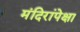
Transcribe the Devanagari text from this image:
मंदिरांपेक्षा